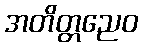
အတိတ္တညေဝ